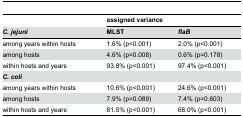
<table><thead><tr><td></td><td colspan="2"><b>assigned variance</b></td></tr><tr><td><b><i>C. jejuni</i></b></td><td><b>MLST</b></td><td><b><i>flaB</i></b></td></tr></thead><tbody><tr><td>among years within hosts</td><td>1.6% (p&lt;0.001)</td><td>2.0% (p&lt;0.001)</td></tr><tr><td>among hosts</td><td>4.6% (p=0.008)</td><td>0.6% (p=0.178)</td></tr><tr><td>within hosts and years</td><td>93.8% (p&lt;0.001)</td><td>97.4% (p&lt;0.001)</td></tr><tr><td><b><i>C. coli</i></b></td><td colspan="2"></td></tr><tr><td>among years within hosts</td><td>10.6% (p&lt;0.001)</td><td>24.6% (p&lt;0.001)</td></tr><tr><td>among hosts</td><td>7.9% (p=0.089)</td><td>7.4% (p=0.603)</td></tr><tr><td>within hosts and years</td><td>81.5% (p&lt;0.001)</td><td>68.0% (p&lt;0.001)</td></tr></tbody></table>